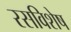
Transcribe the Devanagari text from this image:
रसविशेष